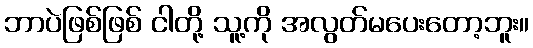
ဘာပဲဖြစ်ဖြစ် ငါတို့ သူ့ကို အလွတ်မပေးတော့ဘူး။